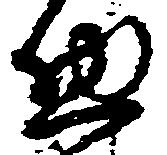
惣